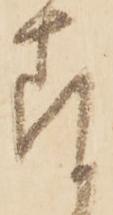
存